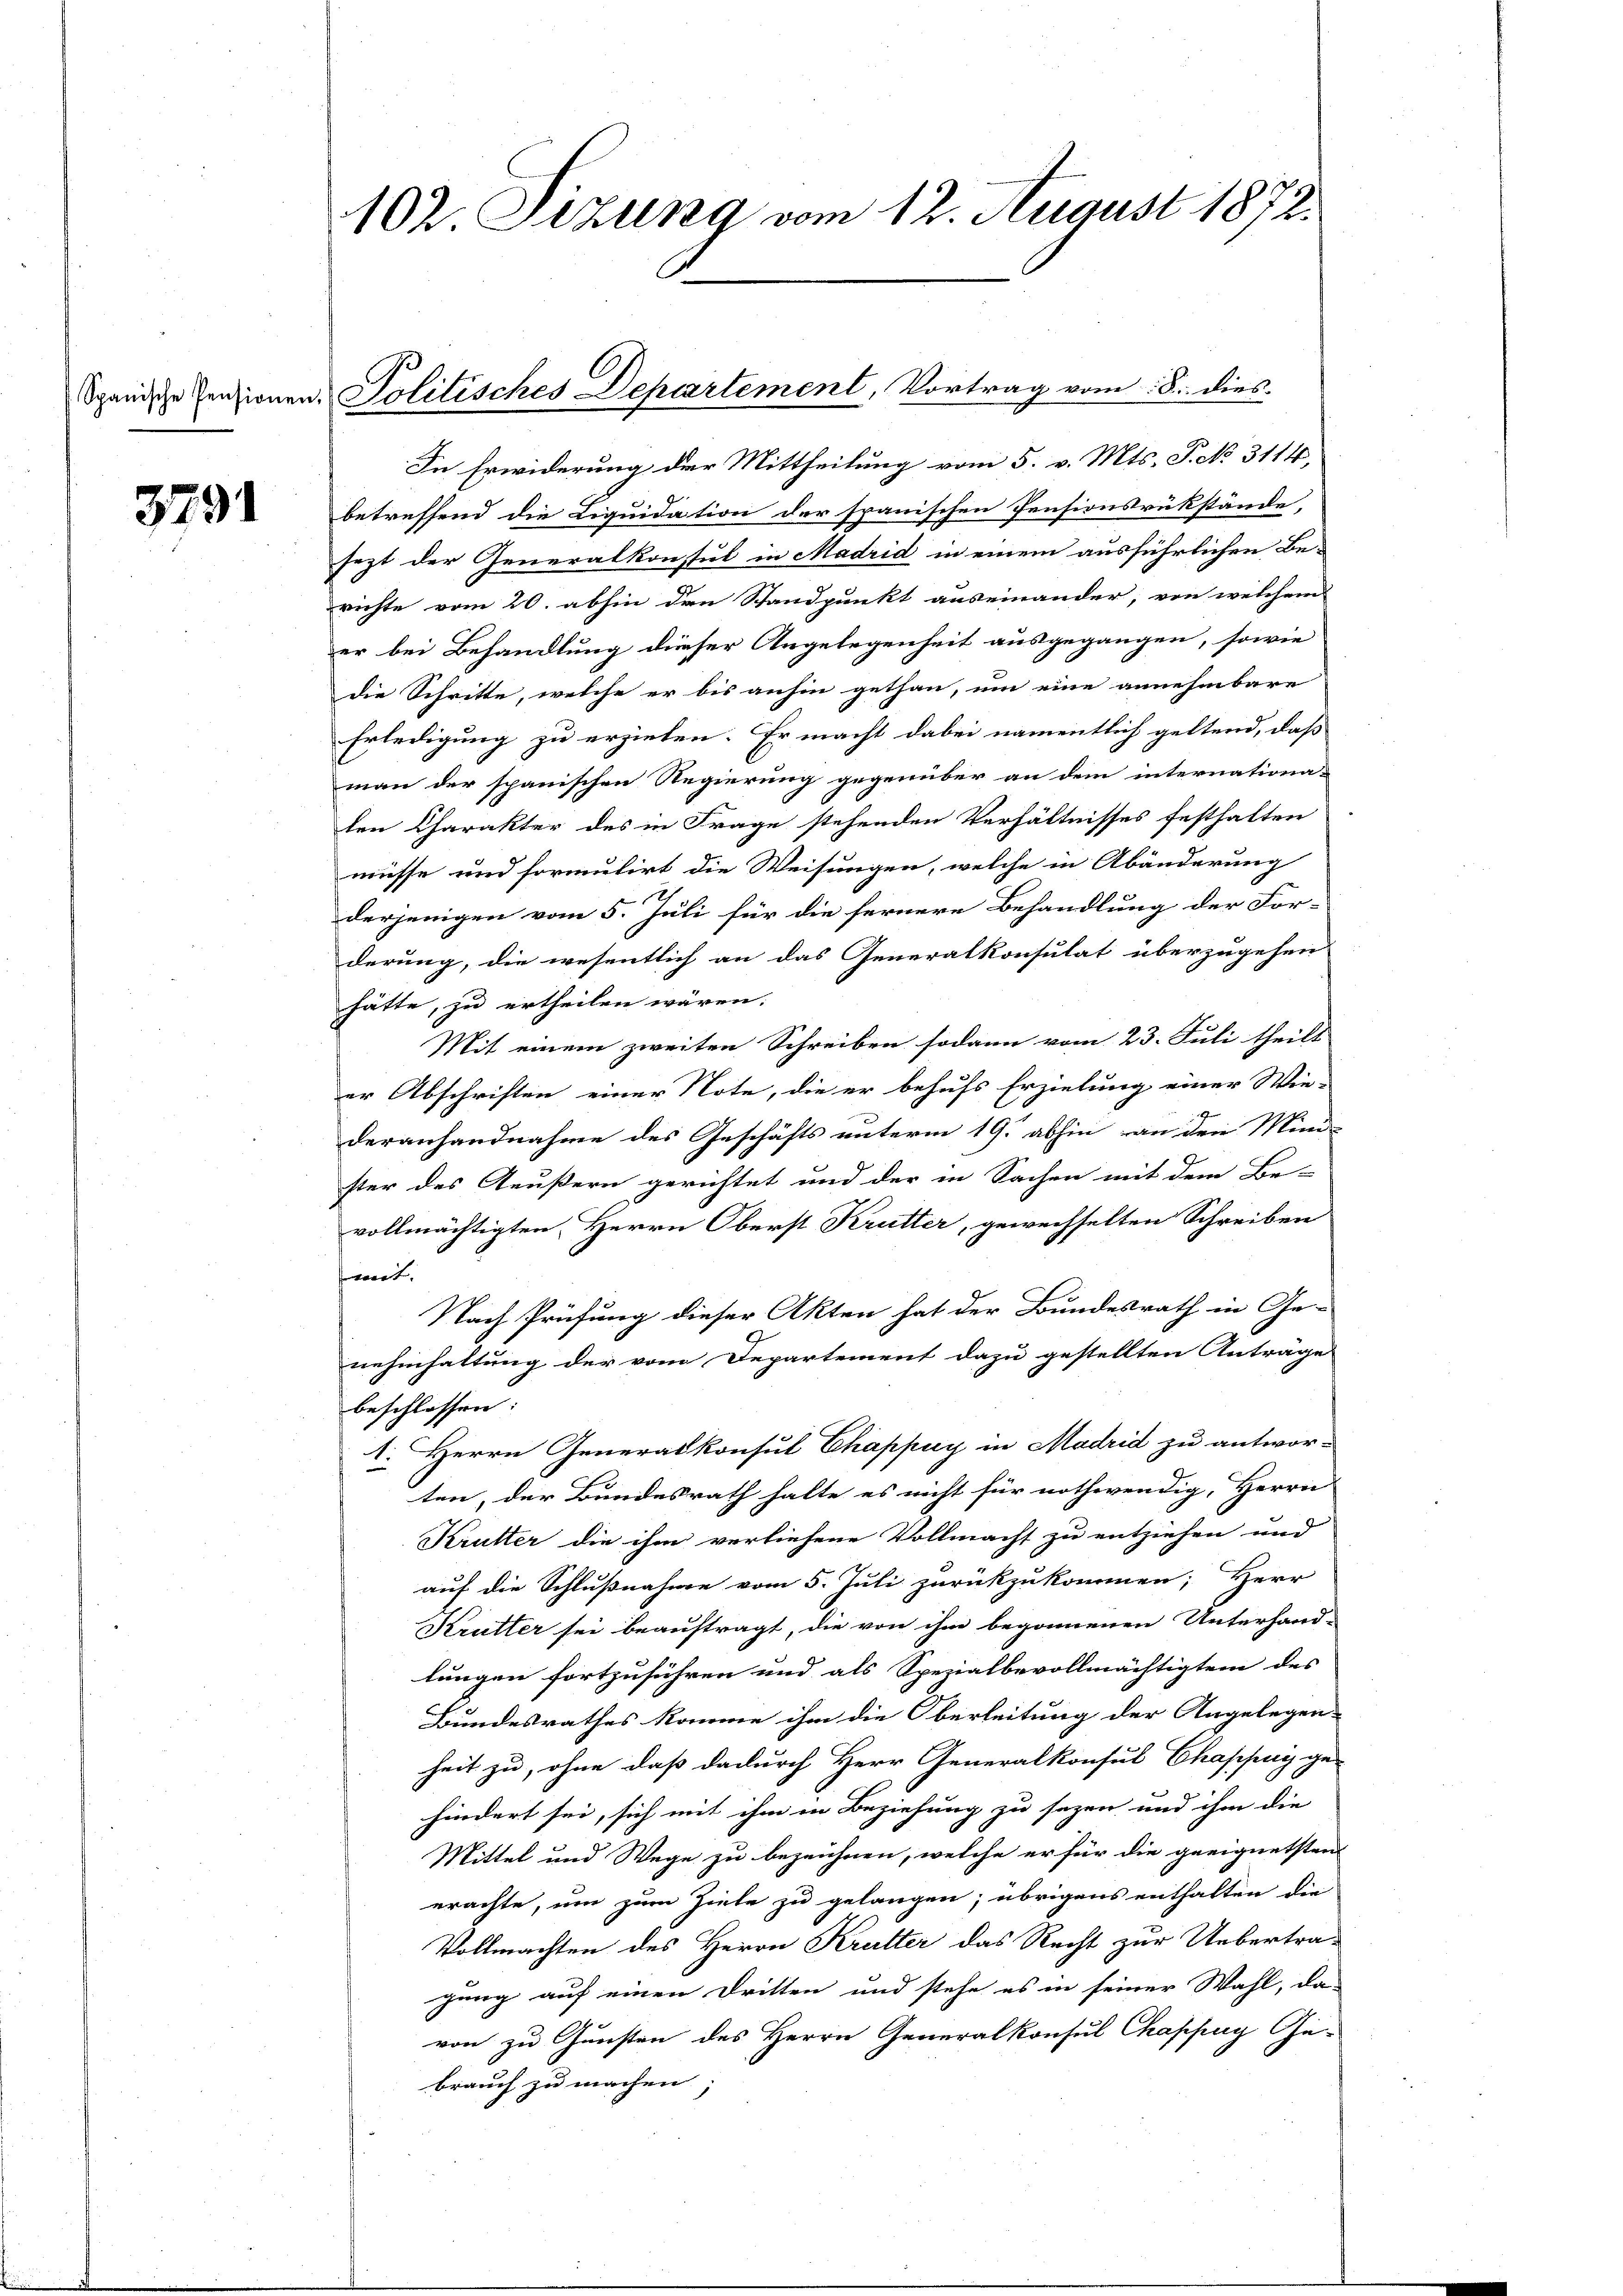
3791

102 Sizung vom 12. August 1872.

Spanische Pensionen, Politisches Departement, Vortrag vom 8. dies

In Erwiderung der Mittheilung vom 5. v. Mts. P. No. 3114,
betreffend die Liquidation der spanischen Pensionsrükstände,
sezt der Generalkonsul in Madrid in einem ausführlichen Berichte vom 20. abhin den Standpunkt auseinander, von welchem
er bei Behandlung dieser Angelegenheit ausgegangen, sowie
die Schritte, welche er bis anhin gethan, um eine annehmbare
Erledigung zu erziehen. Er macht dabei namentlich geltend, daß
man der spanischen Regierung gegenüber an dem internationa-
len Charakter des in Frage stehenden Verhältnisses festhalten
müsse und formulirt die Weisungen, welche in Abänderung
derjenigen vom 5. Juli für die fernere Behandlung der For-
derung, die wesentlich an das Generalkonsulat überzugehen
hätte, zu ertheilen wären.
Mit einem zweiten Schreiben sodann vom 23. Juli theilt
er Abschriften einer Note, die er behufs Erzielung einer Wie-
deranhandnahme des Geschäfts unterm 19. abhin an den Mini-
ster des Aeußern gerichtet und der in Sachen mit dem Be-
vollmächtigten Herrn Oberst Krütter, gewechselten Schreiben
wet,
Nach Prüfung dieser Akten hat der Bundesrath in Ge-
nehmhaltung der vom Departement dazu gestellten Anträge
beschlossen:
Herrn Generalkonsul Chappuy in Madrid zu antwor-
ten, der Bundesrath halte es nicht für nothwendig, Herrn
Krutter die ihm verliehene Vollmacht zu entziehen und
auf die Schlußnahme vom 5. Juli zurückzukommen; Herr
Krutter sei beauftragt, die von ihm begonnenen Unterhand-
lungen fortzuführen und als Spezialbevollmächtigtem des
Bundesrathes komme ihm die Oberleitung der Angelegen- |
heit zu, ohne daß dadurch Herr Generalkonsul Chappay ge-
hindert sei, sich mit ihm in Beziehung zu sagen und ihm die
Mittel und Wege zu bezeichnen, welche er für die geeignetsten
erachte, um zum Ziele zu gelangen; übrigens enthalten die
Vollmachten des Herrn Krutter das Recht zur Uebertragung auf einen Dritten und stehe es in seiner Wahl, das
von zu Gunsten des Herrn Generalkonsul Chappung Gebrauch zu machen;